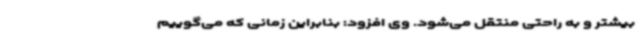
بیشتر و به راحتی منتقل می‌شود. وی افزود: بنابراین زمانی که می‌گوییم